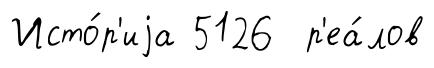
Исто́р'иjа 5126 р'еа́лов